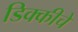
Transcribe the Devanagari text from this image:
डिक्कीचे